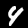
Digit: 4